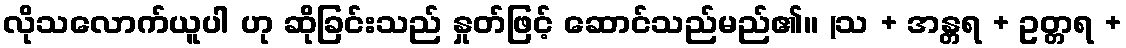
လိုသလောက်ယူပါ ဟု ဆိုခြင်းသည် နှုတ်ဖြင့် ဆောင်သည်မည်၏။ (သ + အန္တရ + ဥတ္တရ +